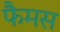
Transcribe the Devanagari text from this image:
फैमस